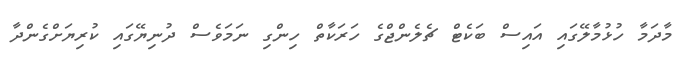
މާދަމާ ހުޅުމާލޭގައި އައިސް ބަކެޓް ޗެލެންޖްގެ ހަރަކާތް ހިންގި ނަމަވެސް ދުނިޔޭގައި ކުރިޔަށްގެންދާ